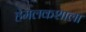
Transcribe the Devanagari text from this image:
हेमलकशाला